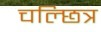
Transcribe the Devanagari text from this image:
चल्छित्र